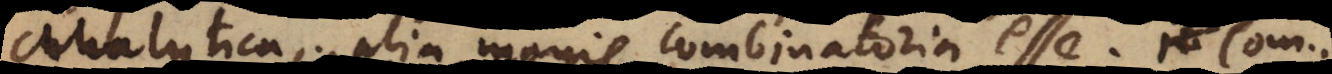
analytica, alia magis combinatoria esse. Combin